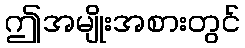
ဤအမျိုးအစားတွင်